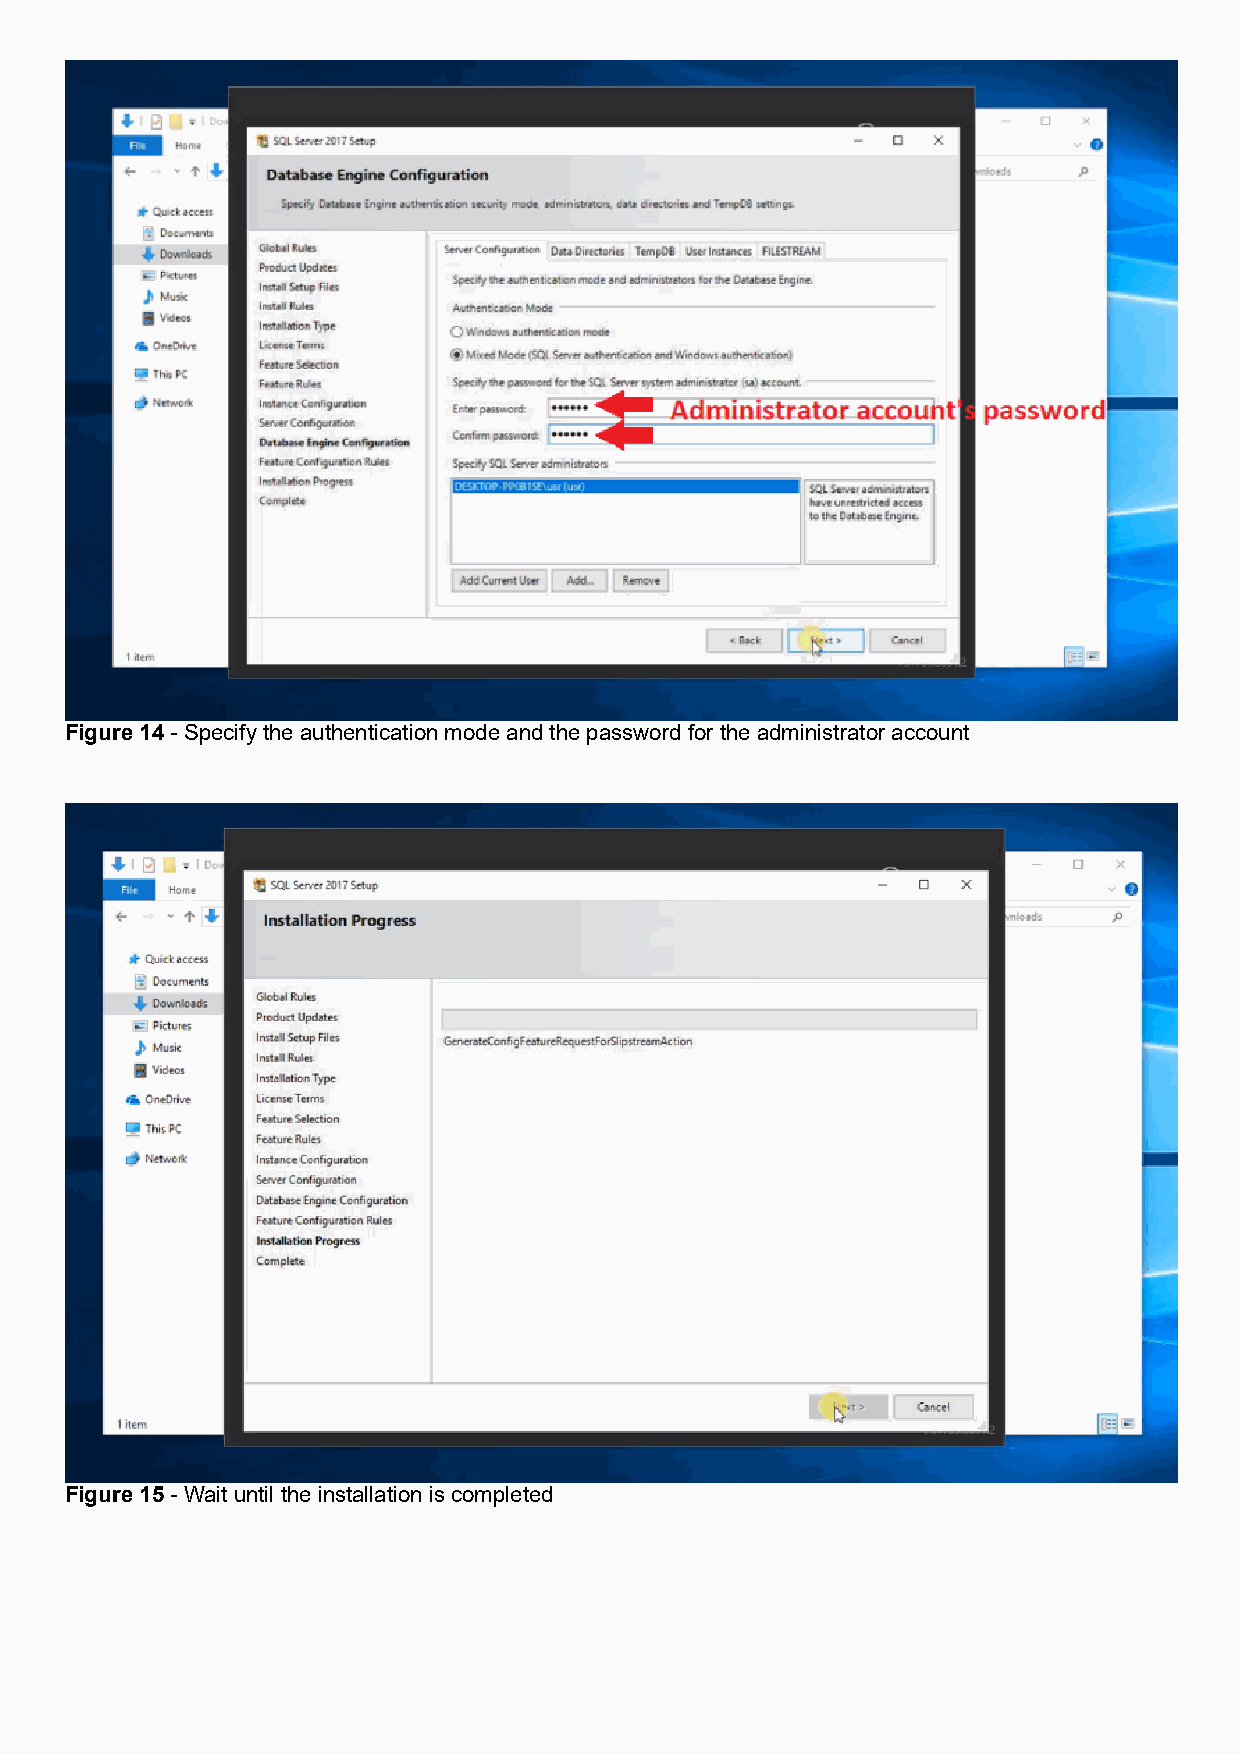
Figure 14 - Specify the authentication mode and the password for the administrator account
 Figure 15 - Wait until the installation is completed